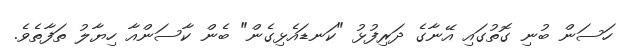
ހަސަން ބުނި ގޮތުގައި އޭނާގެ ދަރިފުޅު "ކަނޑައެޅިގެން" ބެން ކާސަންއާ ހިޔާލު ތަފާތެވެ.